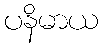
ပနိမာယ